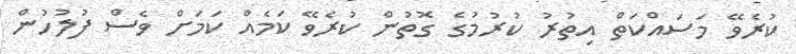
ކުރެވޭ މަސައްކަތް އިތުރު ކުރުމުގެ ގޮތުން ކުރެވޭ ކަމެއް ކަމަށް ވެސް ފުލުހުން